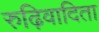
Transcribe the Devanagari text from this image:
रुढ़िवादिता